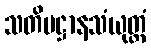
သတိပဋ္ဌာနသံယုတ္တံ